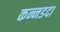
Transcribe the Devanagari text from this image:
कन्नडदा